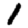
Digit: 1